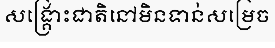
សង្គ្រោះជាតិនៅមិនទាន់សម្រេច